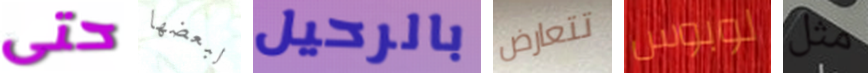
حتى لبعضها بالرحيل تتعارض لوبوس مثل